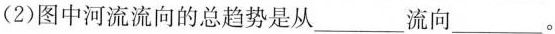
(2)图中河流流向的总趋势是从\underline{流向}。